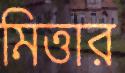
মিত্তার